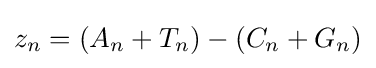
z_{n}=(A_{n}+T_{n})-(C_{n}+G_{n})